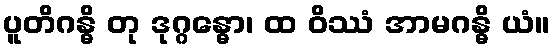
ပူတိဂန္ဓိ တု ဒုဂ္ဂန္ဓော၊ ထ ဝိဿံ အာမဂန္ဓိ ယံ။